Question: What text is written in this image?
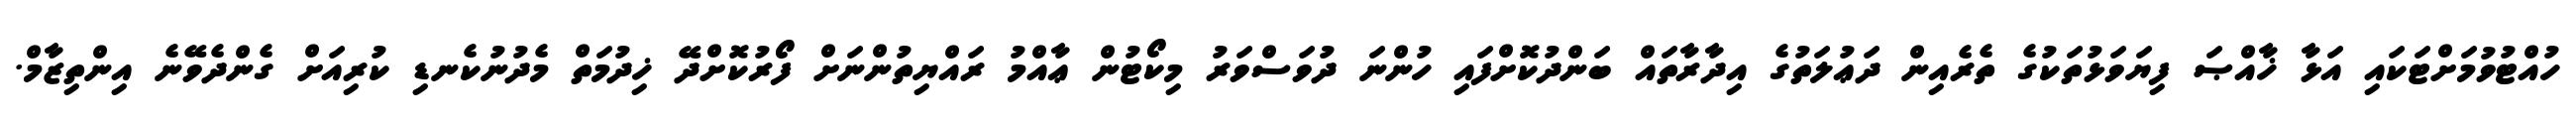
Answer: ހުއްޓުވުމަށްޓަކައި އަޅާ ޚާއްޞަ ފިޔަވަޅުތަކުގެ ތެރެއިން ދަޢުލަތުގެ އިދާރާތައް ބަންދުކޮށްފައި ހުންނަ ދުވަސްވަރު މިކޯޓުން ޢާއްމު ރައްޔިތުންނަށް ފޯރުކޮށްދޭ ޚިދުމަތް މެދުނުކެނޑި ކުރިއަށް ގެންދެވޭނެ އިންތިޒާމް.